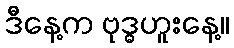
ဒီနေ့က ဗုဒ္ဓဟူးနေ့။